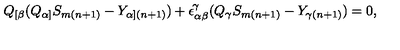
Q _ { [ \beta } ( Q _ { \alpha ] } S _ { m ( n + 1 ) } - Y _ { \alpha ] ( n + 1 ) } ) + \epsilon _ { \alpha \beta } ^ { \! \gamma } ( Q _ { \gamma } S _ { m ( n + 1 ) } - Y _ { \gamma ( n + 1 ) } ) = 0 ,